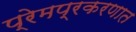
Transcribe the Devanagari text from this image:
प्रेमप्रकरणात